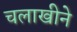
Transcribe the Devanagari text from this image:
चलाखीने